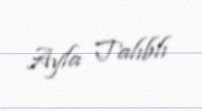
Ayla Talıblı